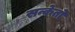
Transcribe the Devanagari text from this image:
सन्केतो